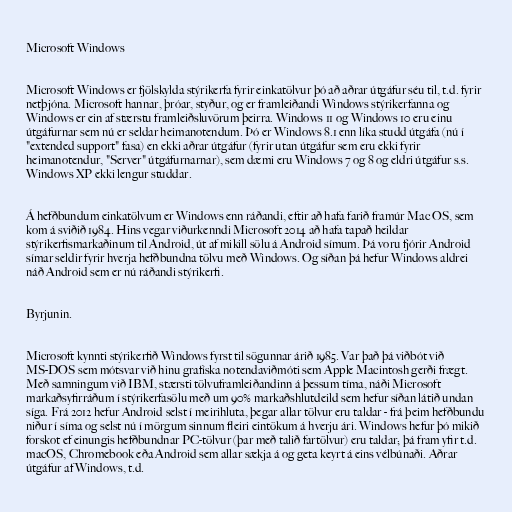
Microsoft Windows

Microsoft Windows er fjölskylda stýrikerfa fyrir einkatölvur þó að aðrar útgáfur séu til, t.d. fyrir
netþjóna. Microsoft hannar, þróar, styður, og er framleiðandi Windows stýrikerfanna og
Windows er ein af stærstu framleiðsluvörum þeirra. Windows 11 og Windows 10 eru einu
útgáfurnar sem nú er seldar heimanotendum. Þó er Windows 8.1 enn líka studd útgáfa (nú í
"extended support" fasa) en ekki aðrar útgáfur (fyrir utan útgáfur sem eru ekki fyrir
heimanotendur, "Server" útgáfurnarnar), sem dæmi eru Windows 7 og 8 og eldri útgáfur s.s.
Windows XP ekki lengur studdar.

Á hefðbundum einkatölvum er Windows enn ráðandi, eftir að hafa farið framúr Mac OS, sem
kom á sviðið 1984. Hins vegar viðurkenndi Microsoft 2014 að hafa tapað heildar
stýrikerfismarkaðinum til Android, út af mikill sölu á Android símum. Þá voru fjórir Android
símar seldir fyrir hverja hefðbundna tölvu með Windows. Og síðan þá hefur Windows aldrei
náð Android sem er nú ráðandi stýrikerfi.

Byrjunin.

Microsoft kynnti stýrikerfið Windows fyrst til sögunnar árið 1985. Var það þá viðbót við
MS-DOS sem mótsvar við hinu grafíska notendaviðmóti sem Apple Macintosh gerði frægt.
Með samningum við IBM, stærsti tölvuframleiðandinn á þessum tíma, náði Microsoft
markaðsyfirráðum í stýrikerfasölu með um 90% markaðshlutdeild sem hefur síðan látið undan
síga. Frá 2012 hefur Android selst í meirihluta, þegar allar tölvur eru taldar - frá þeim hefðbundu
niður í síma og selst nú í mörgum sinnum fleiri eintökum á hverju ári. Windows hefur þó mikið
forskot ef einungis hefðbundnar PC-tölvur (þar með talið fartölvur) eru taldar; þá fram yfir t.d.
macOS, Chromebook eða Android sem allar sækja á og geta keyrt á eins vélbúnaði. Aðrar
útgáfur af Windows, t.d.